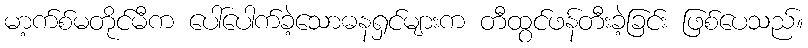
မာ့က်စ်မတိုင်မီက ပေါ်ပေါက်ခဲ့သောဓနရှင်များက တီထွင်ဖန်တီးခဲ့ခြင်း ဖြစ်ပေသည်။